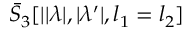
\bar { S } _ { 3 } [ | | \lambda | , | \lambda ^ { \prime } | , l _ { 1 } = l _ { 2 } ]